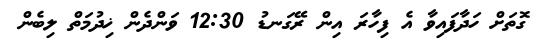
ގޮތަށް ހަދާފައިވާ އެ ފިހާރަ އިން ރޭގަނޑު 12:30 ވަންދެން ޚިދުމަތް ލިބެން